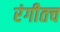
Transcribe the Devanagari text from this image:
रंगीतच